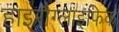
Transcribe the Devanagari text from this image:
हाइरौग्लाइफिक